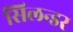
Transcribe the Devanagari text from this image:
सिलन्डर